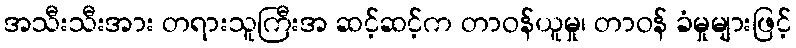
အသီးသီးအား တရားသူကြီးအ ဆင့်ဆင့်က တာဝန်ယူမှု၊ တာဝန် ခံမှုများဖြင့်